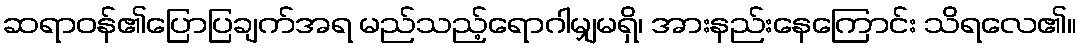
ဆရာဝန်၏ပြောပြချက်အရ မည်သည့်ရောဂါမျှမရှိ၊ အားနည်းနေကြောင်း သိရလေ၏။